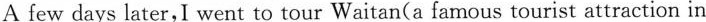
A few days later,I went to tour Waitan(a famous tourist attraction in